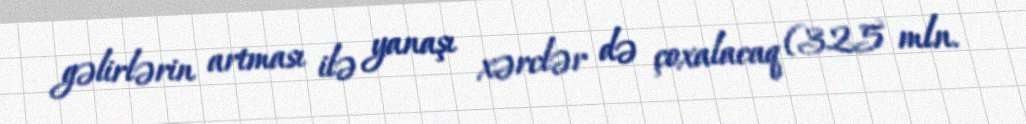
gəlirlərin artması ilə yanaşı xərclər də çoxalacaq (325 mln.